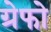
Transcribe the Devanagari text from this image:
ग्रेफो